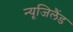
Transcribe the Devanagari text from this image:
न्यूजिलैंड